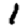
Digit: 1